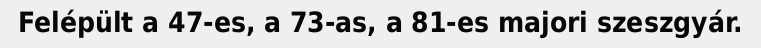
Felépült a 47-es, a 73-as, a 81-es majori szeszgyár.